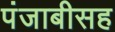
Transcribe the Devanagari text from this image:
पंजाबीसह